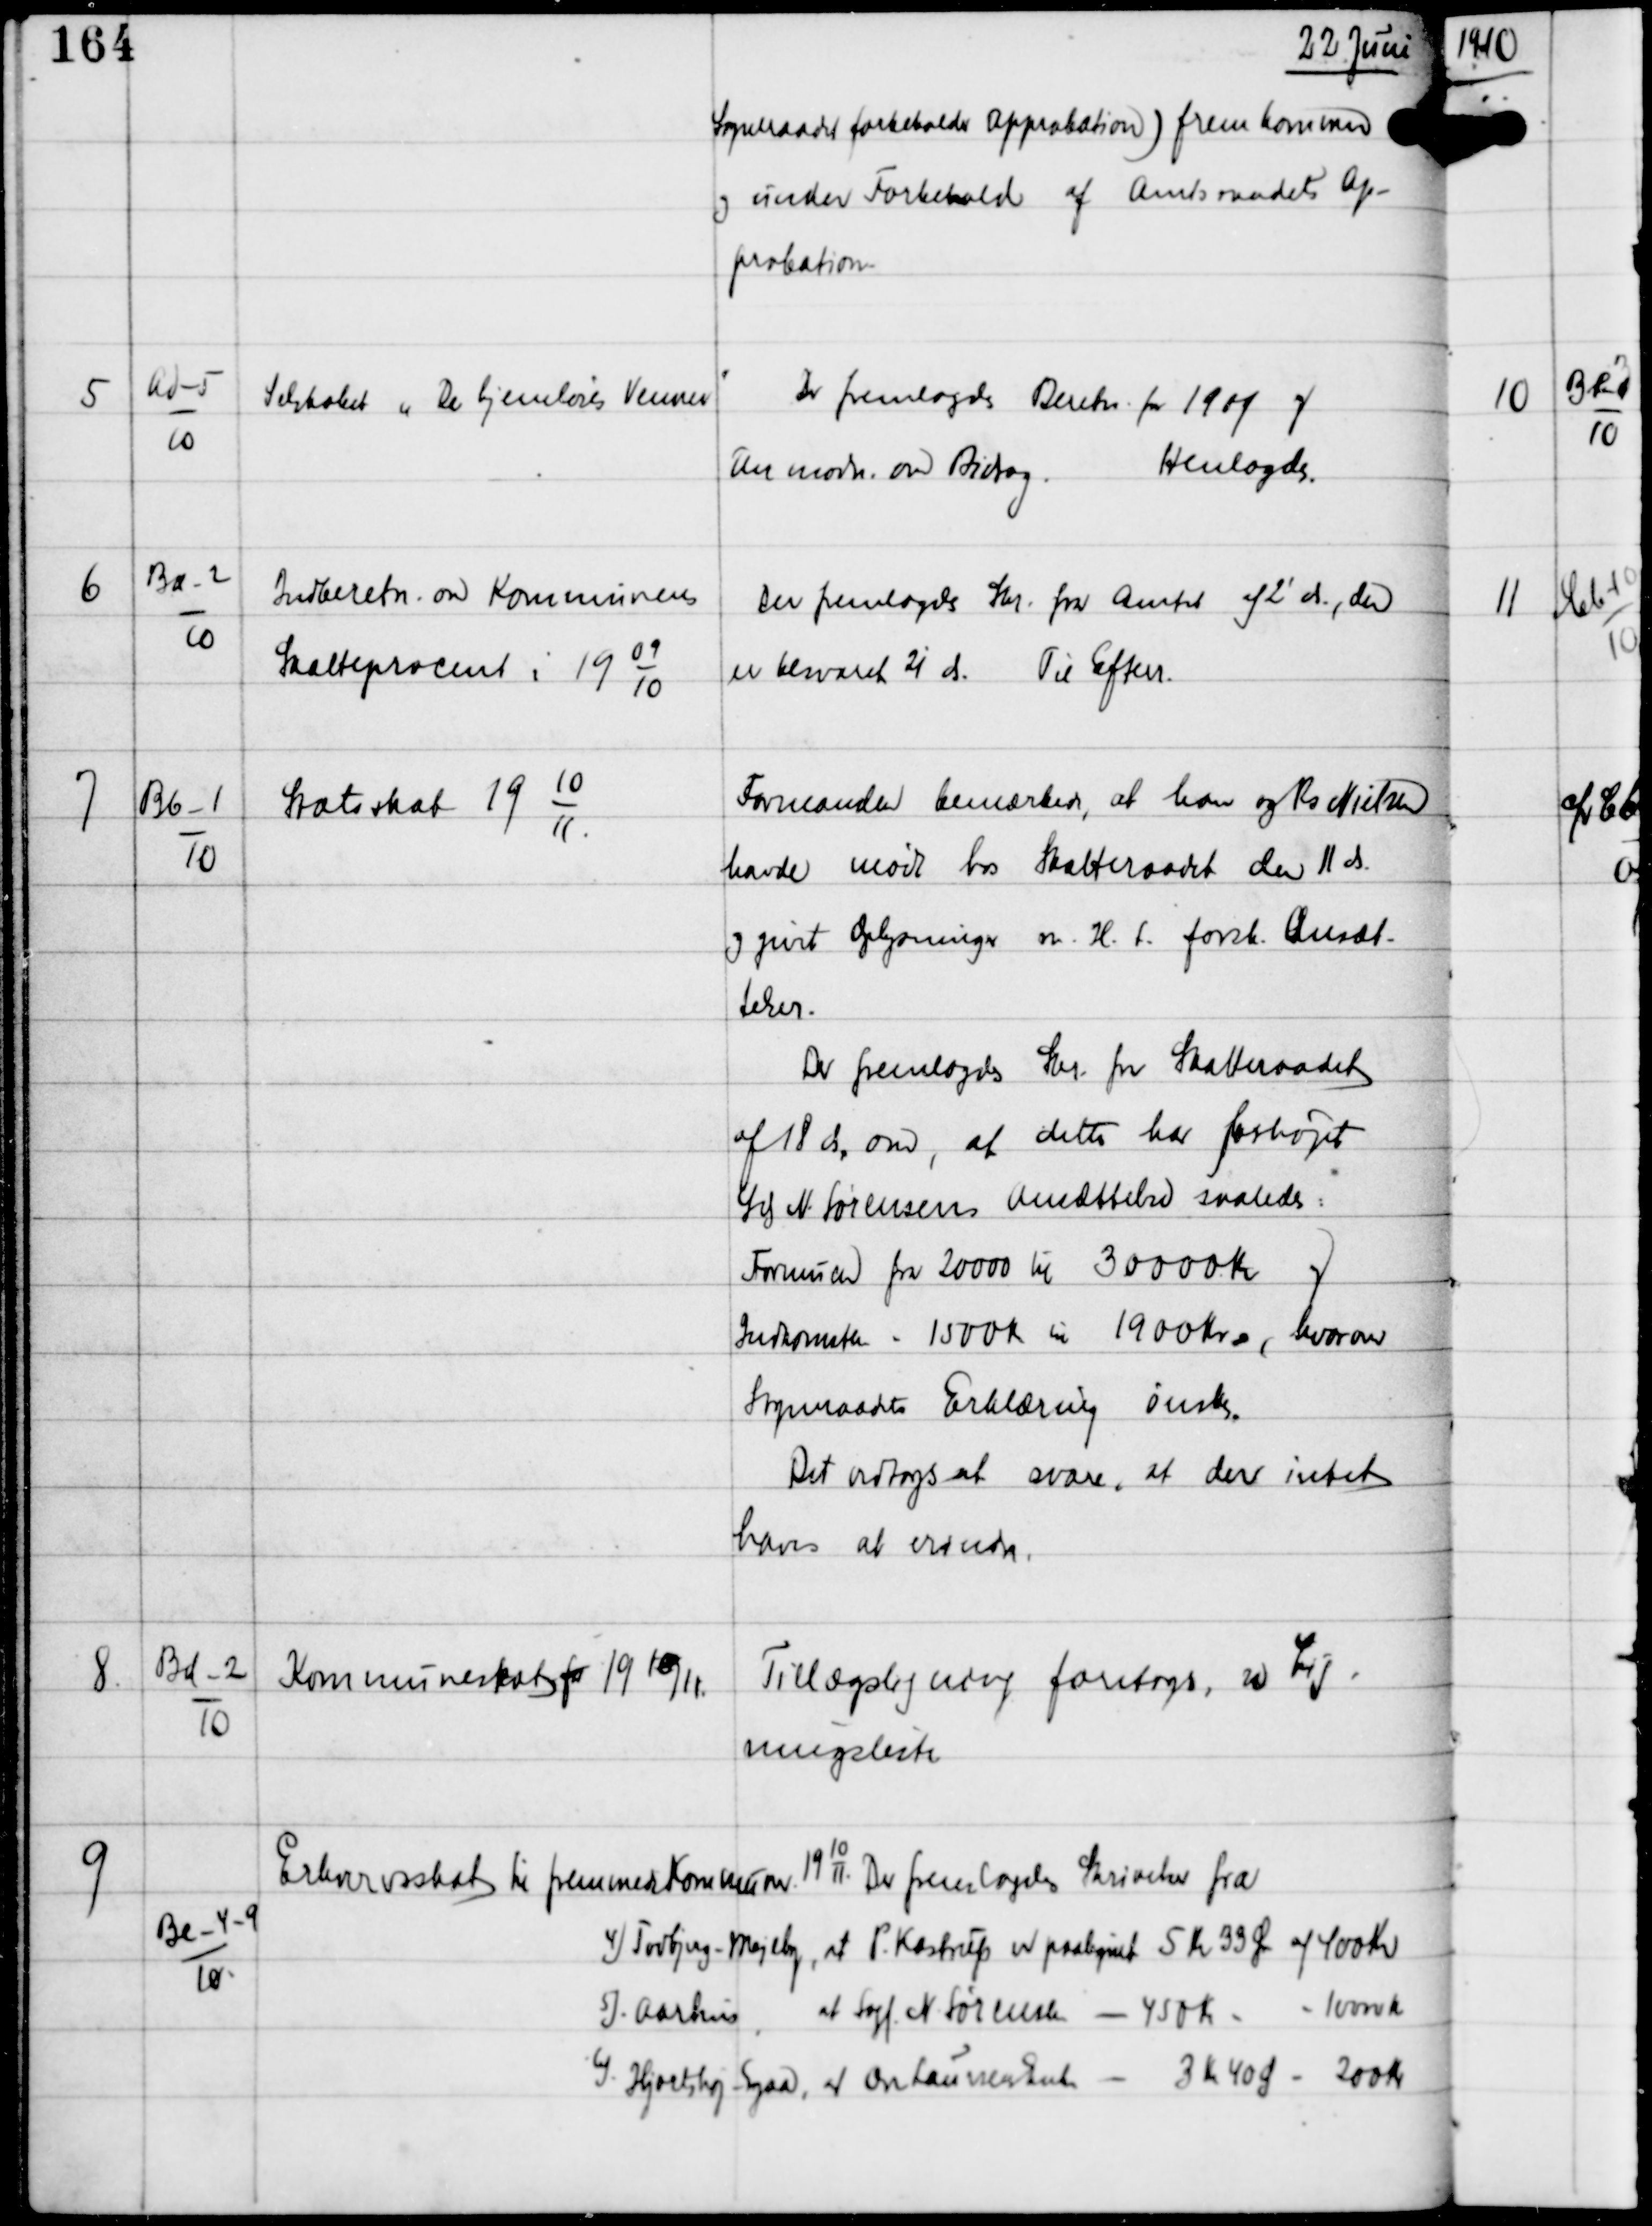
Transskription:
22 Juni

Sogneraadet forbeholder Approbation) fremkommer
og under Forbehold af Amtsraadets Ap-
probation

5

Ad-5
10

Selskabet "De hjemløses Venner"

Der fremlagdes Beretn for 1909 og
Anmodn om Bidrag.
Henlagdes.

6

Ba-2
10

Indberetn om Kommunens
Skatteprocent i 19
09
10

Der fremlagdes Skr fra Amtet af 2' ds, der
er besvaret 21 ds
Til Efterr

7

Bb-1
10

Statsskat 19
10
11.

Formanden bemærkede, at han og Rs Nielsen
havde mødt hos Skatteraadet den 11 ds
og givet Oplysninger m.H.t forsk Ansæt-
telser.
Der fremlagdes Skr fra Skatteraadet
af 18 ds om, at dette har forhøjet
Gdj N. Sørensens Ansættelse saaledes:
Formuen fra 20000 til 30000 Kr og
Indkomsten = 1500 Kr til 1900 Kr, hvorom
Sogneraadets Erklæring ønskes.
Det vedtoges at svare, at der intet
haves at erindre.

8

Bd-2
10

Kommuneskat for 19 10/11

Tillægsligning foretoges, se Lig-
ningsliste

9

Be-4-9
10

Erhvervsskat til fremmede Kommuner 19
10
11.
Der fremlagdes Skrivelse fra

4) Todbjerg-Mejlby, at P Kastrup er paalignet 5 Kr 33 Øre af 400 Kr
5) Aarhus, at Sagf N Sørensen - 450 Kr - 10000 Kr
6) Hjortshøj-Egaa, at Antonens Enke - 3 Kr 40 Ø - 200 Kr